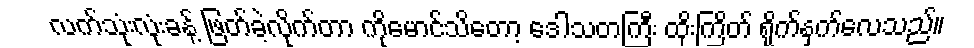
လက်သုံးလုံးခန့် ဖြတ်ခဲ့လိုက်တာ ကိုမောင်သိတော့ ဒေါသတကြီး ထိုးကြိတ် ရိုက်နှက်လေသည်။